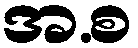
အ.စ